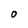
Character: O